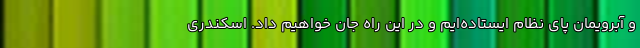
و آبرویمان پای نظام ایستاده‌ایم و در این راه جان خواهیم داد. اسکندری